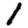
Digit: 1